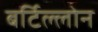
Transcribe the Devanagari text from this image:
बर्टिल्लोन